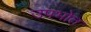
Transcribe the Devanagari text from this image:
उपभोत